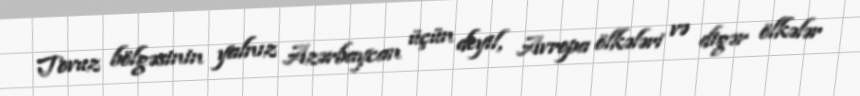
Tovuz bölgəsinin yalnız Azərbaycan üçün deyil, Avropa ölkələri və digər ölkələr